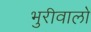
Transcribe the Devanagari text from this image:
भुरीवालो